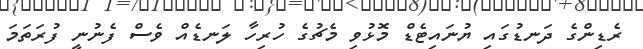
ރެޑިންގެ ދަނޑުގައި ޔުނައިޓެޑް މޮޅުވި މެޗުގެ ހުރިހާ ލަނޑެއް ވެސް ފެނުނީ ފުރަތަމަ